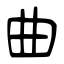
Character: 曲